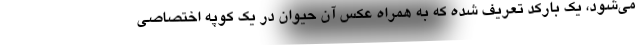
می‌شود، یک بارکد تعریف شده که به همراه عکس آن حیوان در یک کوپه اختصاصی